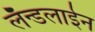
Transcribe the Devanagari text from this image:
लँन्डलाईन